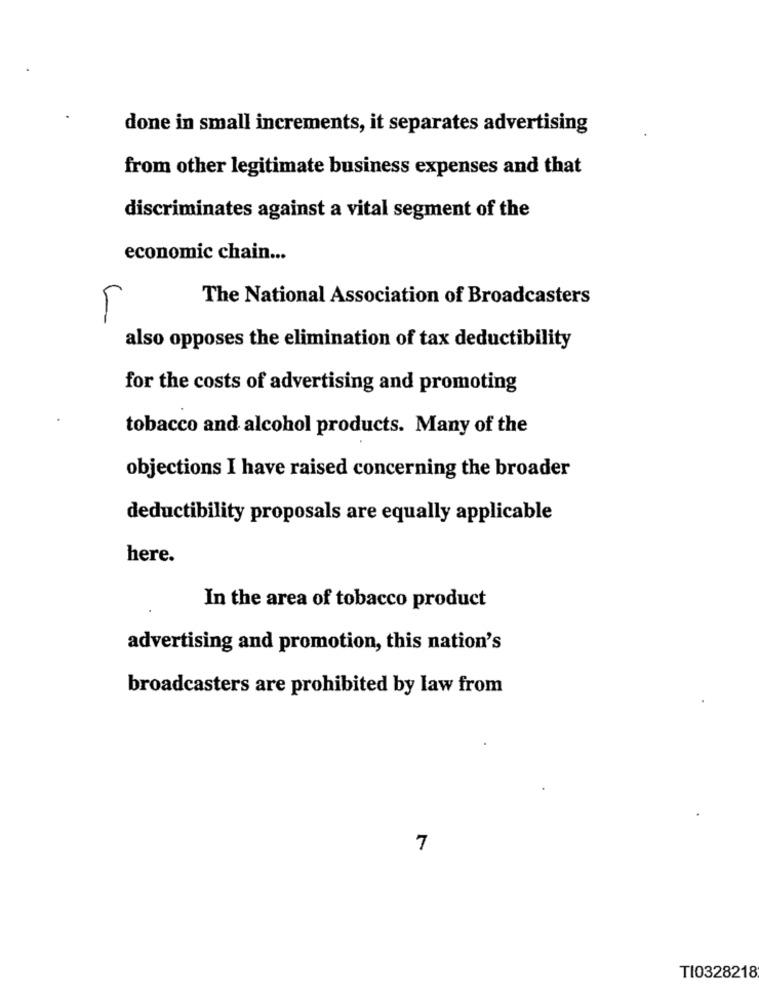
done in small increments, it separates advertising
from other legitimate business expenses and that
discriminates against a vital segment of the
economic chain ...
The National Association of Broadcasters
also opposes the elimination of tax deductibility
for the costs of advertising and promoting
tobacco and alcohol products. Many of the
objections I have raised concerning the broader
deductibility proposals are equally applicable
here.
In the area of tobacco product
advertising and promotion, this nation's
broadcasters are prohibited by law from
7
TI0328218